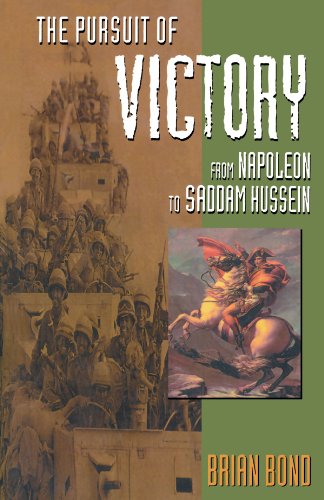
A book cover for The Pursuit of Victory: From Napoleon to Saddam Hussein; Brian Bond; History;